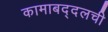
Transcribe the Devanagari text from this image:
कामाबद्दलची